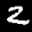
Label: 2